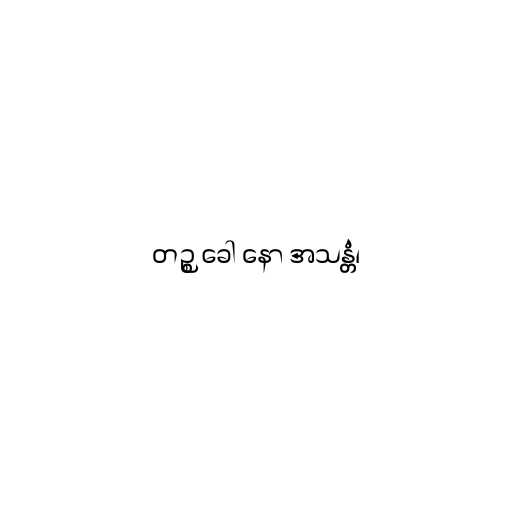
တဉ္စ ခေါ နော အသန္တံ၊